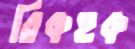
রিকহক